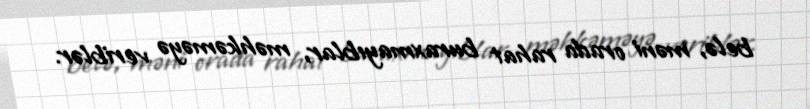
belə, məni orada rahat buraxmayıblar, məhkəməyə veriblər.